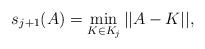
LaTeX: \begin{align*} s_{j + 1}(A) = \min_{K \in K_j}||A -K||, \end{align*}